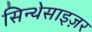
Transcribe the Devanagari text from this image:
सिन्थेसाइज़र